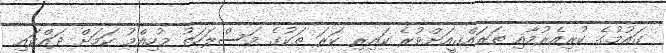
ގައުމުގެ ކުރިއެރުމާއި ތަރައްގީއަށްވުރެ ކައިރި ކަރަ ތަކުގެ މަސްލަހަތު މުހިއްމު ކަމަށް ދައްކައި